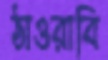
ঠাওরাবি